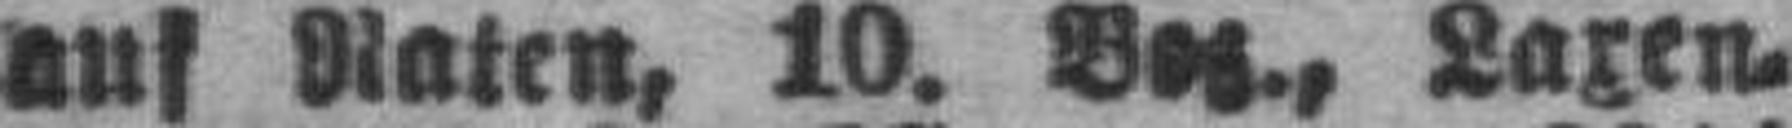
aus Raten, 10. Bez., Laxen¬